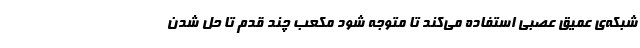
شبکه‌ی عمیق عصبی استفاده می‌کند تا متوجه شود مکعب چند قدم تا حل شدن